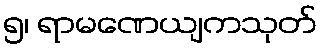
၅၊ ရာမဏေယျကသုတ်